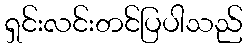
ရှင်းလင်းတင်ပြပါသည်